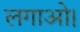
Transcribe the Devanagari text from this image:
लगाओ।